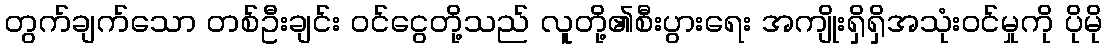
တွက်ချက်သော တစ်ဦးချင်း ဝင်ငွေတို့သည် လူတို့၏စီးပွားရေး အကျိုးရှိရှိအသုံးဝင်မှုကို ပိုမို